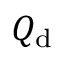
Q _ { \mathrm { d } }